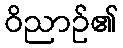
ဝိညာဉ်၏